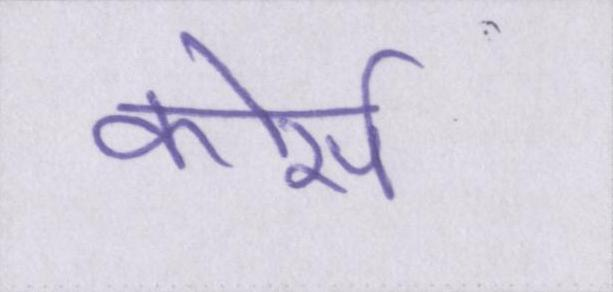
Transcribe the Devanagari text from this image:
कोर्स